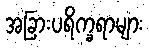
အခြားပရိက္ခရာများ